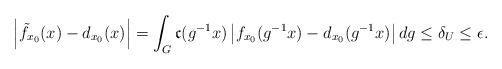
LaTeX: \begin{align*}\left|\tilde{f}_{x_0}(x) - d_{x_0}(x)\right| &= \int_G \mathfrak{c}(g^{-1}x)\left|f_{x_0}(g^{-1}x)-d_{x_0}(g^{-1}x)\right|dg\leq\delta_U\leq\epsilon.\end{align*}